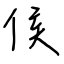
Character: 侯